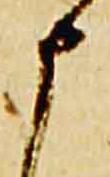
申